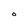
Character: O